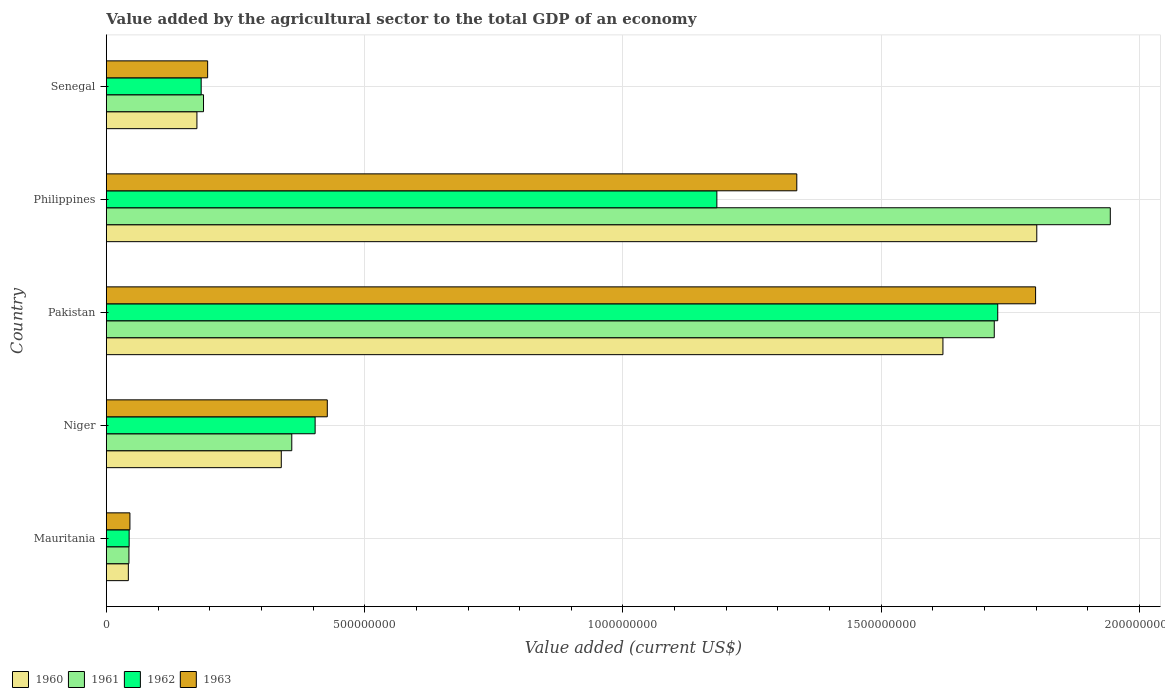
| Country | 1960 | 1961 | 1962 | 1963 |
 | --- | --- | --- | --- | --- |
 | Mauritania | 4.26e+07 | 4.37e+07 | 4.41e+07 | 4.57e+07 |
 | Niger | 3.39e+08 | 3.59e+08 | 4.04e+08 | 4.28e+08 |
 | Pakistan | 1.62e+09 | 1.72e+09 | 1.73e+09 | 1.8e+09 |
 | Philippines | 1.8e+09 | 1.94e+09 | 1.18e+09 | 1.34e+09 |
 | Senegal | 1.75e+08 | 1.88e+08 | 1.84e+08 | 1.96e+08 |